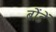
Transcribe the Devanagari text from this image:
बोंडें